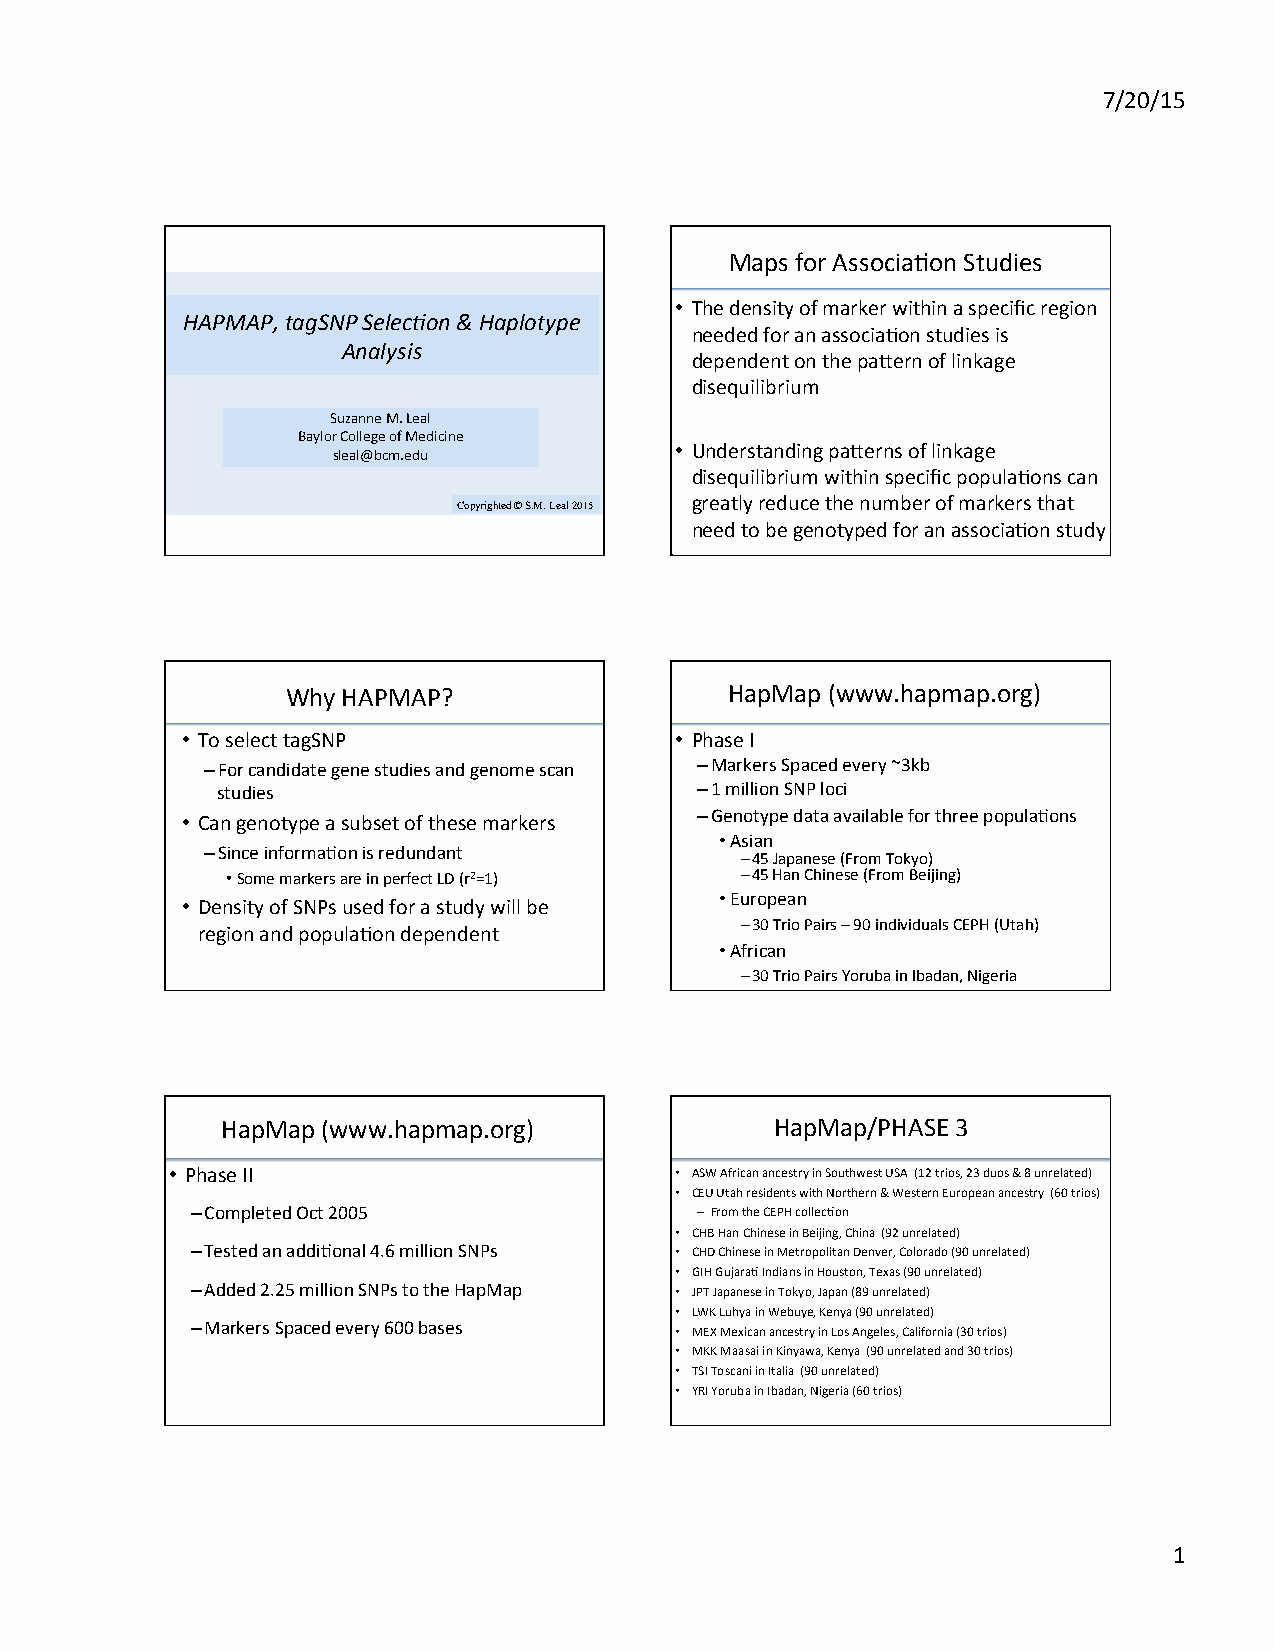
7/20/15
 Maps for AssociaBon Studies
 • The density of marker within a specific region
 HAPMAP, tagSNP Selec/on & Haplotype
 needed for an associaBon studies is
 Analysis
 dependent on the paIern of linkage
 disequilibrium
 Suzanne M. Leal
 Baylor College of Medicine
 • Understanding paIerns of linkage
 sleal@bcm.edu
 disequilibrium within specific populaBons can
 Copyrighted © S.M. Leal 2015 greatly reduce the number of markers that
 need to be genotyped for an associaBon study
 Why HAPMAP?                  HapMap (www.hapmap.org)
 • To select tagSNP               • Phase I
 – For candidate gene studies and genome scan – Markers Spaced every ~3kb
 studies                         – 1 million SNP loci
 • Can genotype a subset of these markers – Genotype data available for three populaBons
 • Asian
 – Since informaBon is redundant     – 45 Japanese (From Tokyo)
 • Some markers are in perfect LD (r2=1) – 45 Han Chinese (From Beijing)
 • Density of SNPs used for a study will be • European
 – 30 Trio Pairs – 90 individuals CEPH (Utah)
 region and populaBon dependent
 • African
 – 30 Trio Pairs Yoruba in Ibadan, Nigeria
 HapMap (www.hapmap.org)             HapMap/PHASE 3
 • Phase II                        • ASW African ancestry in Southwest USA (12 trios, 23 duos & 8 unrelated)
 • CEU Utah residents with Northern & Western European ancestry (60 trios)
 – Completed Oct 2005             – From the CEPH collecBon
 • CHB Han Chinese in Beijing, China (92 unrelated)
 – Tested an addiBonal 4.6 million SNPs • CHD Chinese in Metropolitan Denver, Colorado (90 unrelated)
 • GIH GujaraB Indians in Houston, Texas (90 unrelated)
 – Added 2.25 million SNPs to the HapMap • JPT Japanese in Tokyo, Japan (89 unrelated)
 • LWK Luhya in Webuye, Kenya (90 unrelated)
 – Markers Spaced every 600 bases • MEX Mexican ancestry in Los Angeles, California (30 trios)
 • MKK Maasai in Kinyawa, Kenya (90 unrelated and 30 trios)
 • TSI Toscani in Italia (90 unrelated)
 • YRI Yoruba in Ibadan, Nigeria (60 trios)
 1